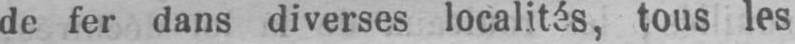
de fer dans diverses localités, tous les